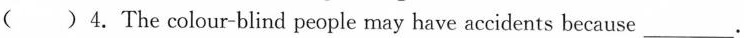
( )4.The colour-blind people may have accidents because ___.